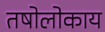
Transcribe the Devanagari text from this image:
तषोलोकाय